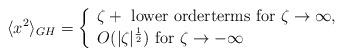
LaTeX: \begin{align*}\langle x^2\rangle_{GH} = \left\{ \begin{array}{l}\zeta + \mbox{ lower orderterms for }\zeta \to \infty,\\O(|\zeta|^{\frac12}) \mbox{ for } \zeta \to -\infty \end{array} \right.\end{align*}